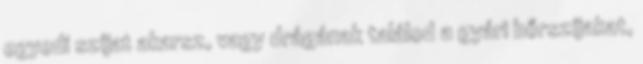
egyedi szíjat akarsz, vagy drágának találod a gyári bőrszíjakat,